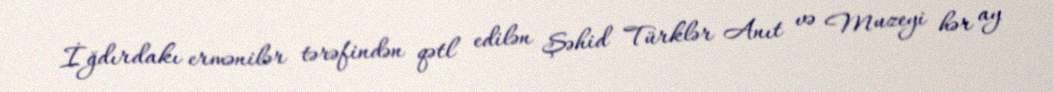
İğdırdakı ermənilər tərəfindən qətl edilən Şəhid Türklər Anıt və Muzeyi hər ay